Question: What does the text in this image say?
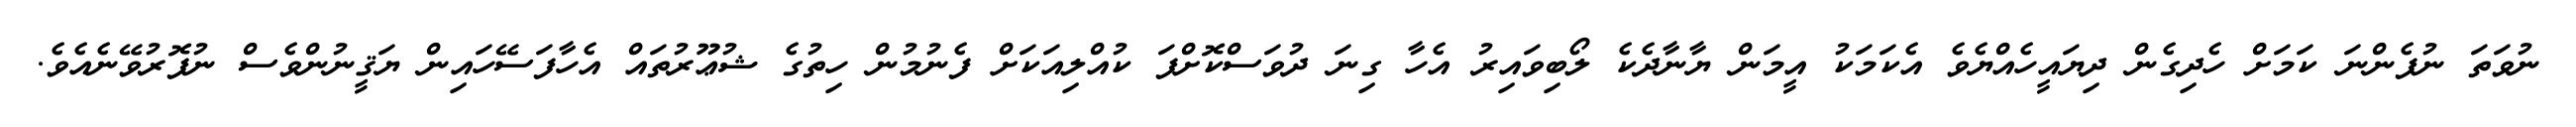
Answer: ނުވަތަ ނުފެންނަ ކަމަށް ހެދިގެން ދިޔައީހެއްޔެވެ އެކަމަކު އީމަން ޔާނާދެކެ ލޯބިވައިރު އެހާ ގިނަ ދުވަސްކޮށްފަ ކުއްލިއަކަށް ފެނުމުން ހިތުގެ ޝުޢޫރުތައް އެހާފަސޭހައިން ޔަޤީނުންވެސް ނުފޮރުވޭނެއެވެ.